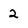
Character: 2